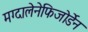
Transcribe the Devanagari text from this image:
मग्दालेनेफिजोर्डेन